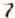
7